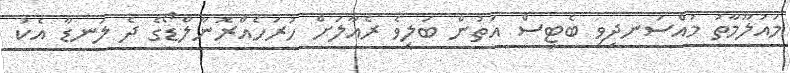
މައުލޫމާތު މުއްސަނދިވި ބެޓިސް އަތުން ބަލިވެ ރެއާލަށް ހުރަހެއްރޮނާލްޑޯގެ ދެ ލަނޑާ އެކު